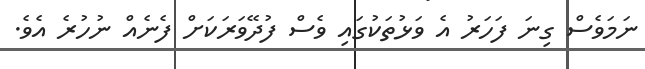
ނަމަވެސް ގިނަ ފަހަރު އެ ވަޅުތަކުގައި ވެސް ފުދޭވަރަކަށް ފެނެއް ނުހުރެ އެވެ.